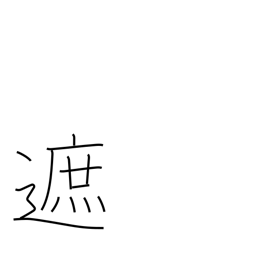
Meaning: intercept